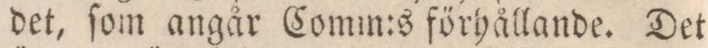
det, ſom angår Comm:s förhållande. Det